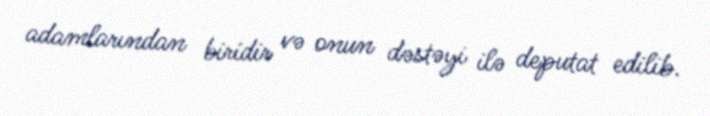
adamlarından biridir və onun dəstəyi ilə deputat edilib.